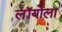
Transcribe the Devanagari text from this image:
लॉयोला